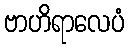
ဗာဟိရာလေပံ